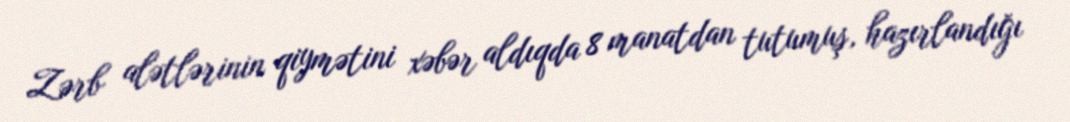
Zərb alətlərinin qiymətini xəbər aldıqda 8 manatdan tutumuş, hazırlandığı